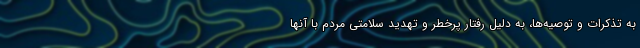
به تذکرات و توصیه‌ها، به دلیل رفتار پرخطر و تهدید سلامتی مردم با آنها